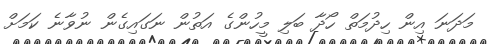
މަދަނަ އިން ހިދުމަތް ހޯދާ ބަލި މީހުންގެ އަތުން ނަގައިގެން ނުވާނެ ކަމަށް